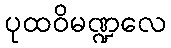
ပုထဝိမဏ္ဍလေ